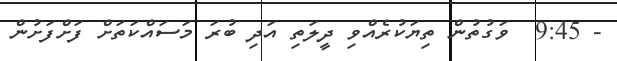
- 9:45  ވަގުތުން ތިޔަކުރެއްވި ދީލަތި އަދި ބުރަ މަސައްކަތަށް ފަށްފަށުން